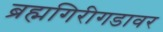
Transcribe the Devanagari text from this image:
ब्रह्मगिरीगडावर